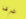
طرفا